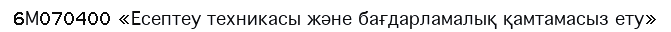
6М070400 «Есептеу техникасы және бағдарламалық қамтамасыз ету»